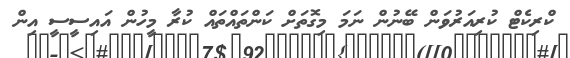
ކްރިކެޓް ކުރިއަރުވަން ބޭނުން ނަމަ މިގޮތަށް ކަންތައްތައް ކުރާ މީހުން އައިސީސީ އިން